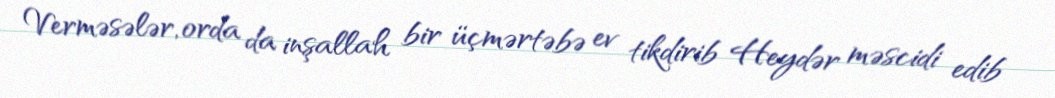
Verməsələr, orda da inşallah bir üçmərtəbə ev tikdirib Heydər məscidi edib